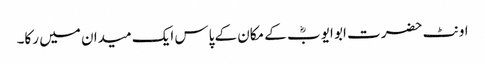
اونٹ حضرت ابو ایوبؓ کے مکان کے پاس ایک میدان میں رکا۔